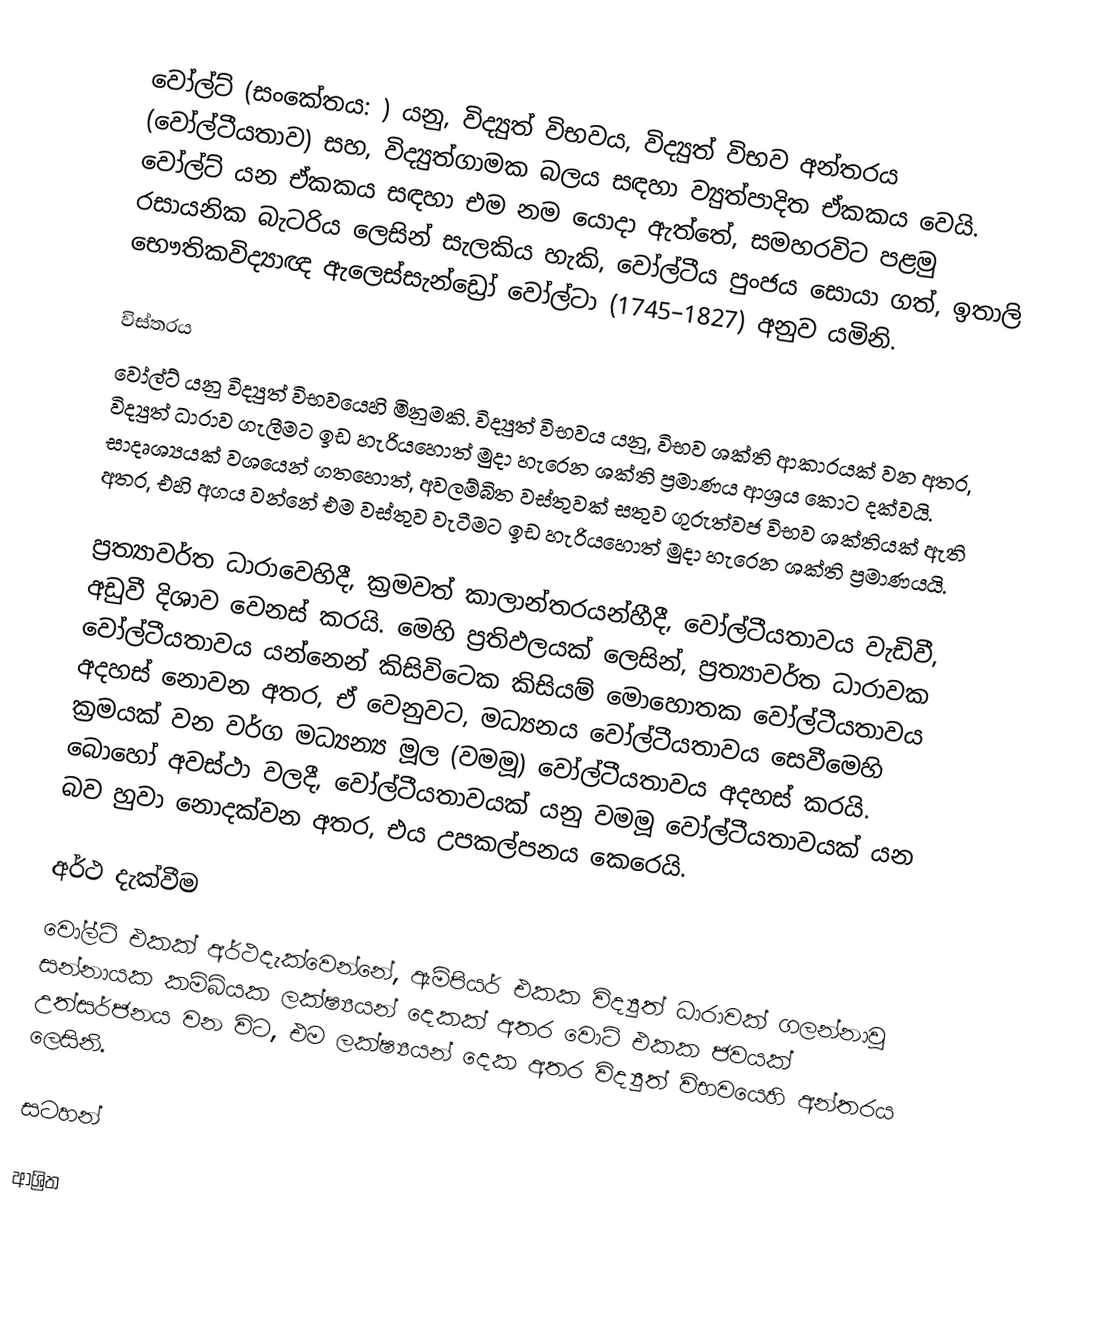
වෝල්ට් (සංකේතය: ) යනු,  විද්‍යුත් විභවය, විද්‍යුත් විභව අන්තරය (වෝල්ටීයතාව) සහ, විද්‍යුත්ගාමක බලය සඳහා  ව්‍යුත්පාදිත ඒකකය වෙයි.  වෝල්ට් යන ඒකකය සඳහා එම නම යොදා ඇත්තේ, සමහරවිට පළමු රසායනික  බැටරිය ලෙසින් සැලකිය හැකි,  වෝල්ටීය පුංජය සොයා ගත්, ඉතාලි භෞතිකවිද්‍යාඥ ඇලෙස්සැන්ඩ්‍රෝ වෝල්ටා  (1745–1827) අනුව යමිනි.

විස්තරය
වෝල්ට් යනු  විද්‍යුත් විභවයෙහි මිනුමකි.  විද්‍යුත් විභවය යනු,  විභව ශක්ති ආකාරයක් වන අතර, විද්‍යුත් ධාරාව ගැලීමට ඉඩ හැරියහොත් මුදා හැරෙන ශක්ති ප්‍රමාණය ආශ්‍රය කොට දක්වයි. සාදෘශ්‍යයක් වශයෙන් ගතහොත්, අවලම්බිත වස්තුවක් සතුව ගුරුත්වජ විභව ශක්තියක් ඇති අතර, එහි අගය වන්නේ එම වස්තුව වැටීමට ඉඩ හැරියහොත් මුදා හැරෙන ශක්ති ප්‍රමාණයයි.

ප්‍රත්‍යාවර්ත ධාරාවෙහිදී, ක්‍රමවත් කාලාන්තරයන්හීදී, වෝල්ටීයතාවය  වැඩිවී, අඩුවී දිශාව වෙනස් කරයි. මෙහි ප්‍රතිඵලයක් ලෙසින්, ප්‍රත්‍යාවර්ත ධාරාවක වෝල්ටීයතාවය යන්නෙන් කිසිවිටෙක කිසියම් මොහොතක වෝල්ටීයතාවය අදහස් නොවන අතර, ඒ වෙනුවට, මධ්‍යනය වෝල්ටීයතාවය සෙවීමෙහි ක්‍රමයක් වන  වර්ග මධ්‍යන්‍ය මූල (වමමූ) වෝල්ටීයතාවය අදහස් කරයි. බොහෝ අවස්ථා වලදී, වෝල්ටීයතාවයක් යනු වමමූ වෝල්ටීයතාවයක් යන බව හුවා නොදක්වන අතර, එය උපකල්පනය කෙරෙයි.

අර්ථ දැක්වීම
වෝල්ට් එකක් අර්ථදැක්වෙන්නේ,  ඇම්පියර් එකක විද්‍යුත් ධාරාවක් ගලන්නාවූ  සන්නායක කම්බියක  ලක්ෂ්‍යයන් දෙකක් අතර වොට් එකක ජවයක්  උත්සර්ජනය වන විට,  එම ලක්ෂ්‍යයන් දෙක අතර විද්‍යුත් විභවයෙහි අන්තරය ලෙසිනි.

සටහන්

ආශ්‍රිත